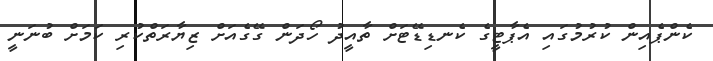
ކެންޕެއިން ކުރުމުގައި އެޕާޓީގެ ކެނޑިޑޭޓަށް ތާއީދު ހޯދަން ގޭގެއަށް ޒިޔާރަތްކުރި ކަމަށް ބުނަނީ